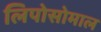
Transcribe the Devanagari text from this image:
लिपोसोमाल